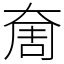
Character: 奝